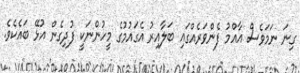
ގިނަ ނަމަވެސް އާއްމު ފެންވަރެއްގައި ބަލާއިރު އެގައުމުގެ މީހުންނަކީ ފުދިގެން އުޅޭ ބައެކެވެ.